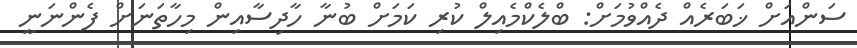
ސަންއަށް ޚަބަރެއް ދެއްވުމަށް: ބްލެކްމެއިލް ކުރި ކަމަށް ބުނާ ހާދިސާއިން މިހާތަނަށް ފެންނަނީ